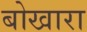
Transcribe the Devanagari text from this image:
बोखारा